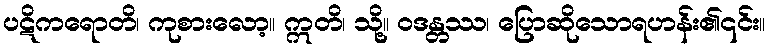
ပဋိကရောတိ၊ ကုစားလော့။ ဣတိ၊ သို့။ ဝဒန္တဿ၊ ပြောဆိုသောရဟန်း၏၎င်း။